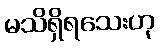
မသိရှိရသေးဟု